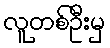
လူတစ်ဦးမှ